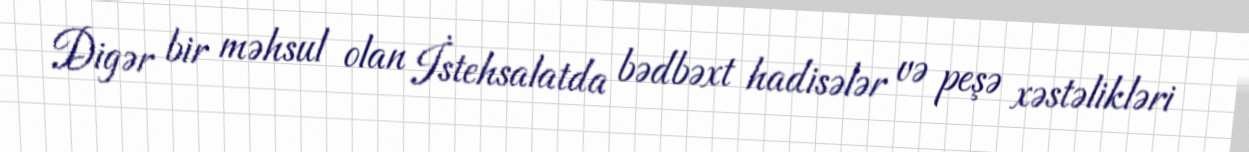
Digər bir məhsul olan İstehsalatda bədbəxt hadisələr və peşə xəstəlikləri